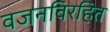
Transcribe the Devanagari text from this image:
वजनविरहित